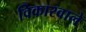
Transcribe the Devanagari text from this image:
विकारवाले